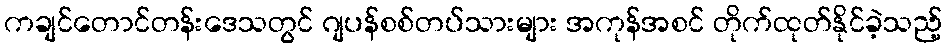
ကချင်တောင်တန်းဒေသတွင် ဂျပန်စစ်တပ်သားများ အကုန်အစင် တိုက်ထုတ်နိုင်ခဲ့သည့်